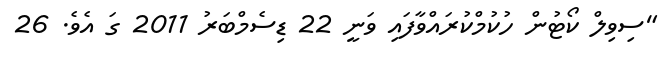
"ސިވިލް ކޯޓުން ހުކުމްކުރައްވާފައި ވަނީ 22 ޑިސެމްބަރު 2011 ގަ އެވެ. 26